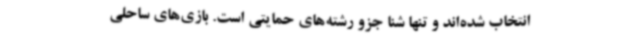
انتخاب شده‌اند و تنها شنا جزو رشته‌های حمایتی است. بازی‌های ساحلی